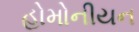
હોમોનીયન